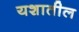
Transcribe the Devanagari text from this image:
यशातील